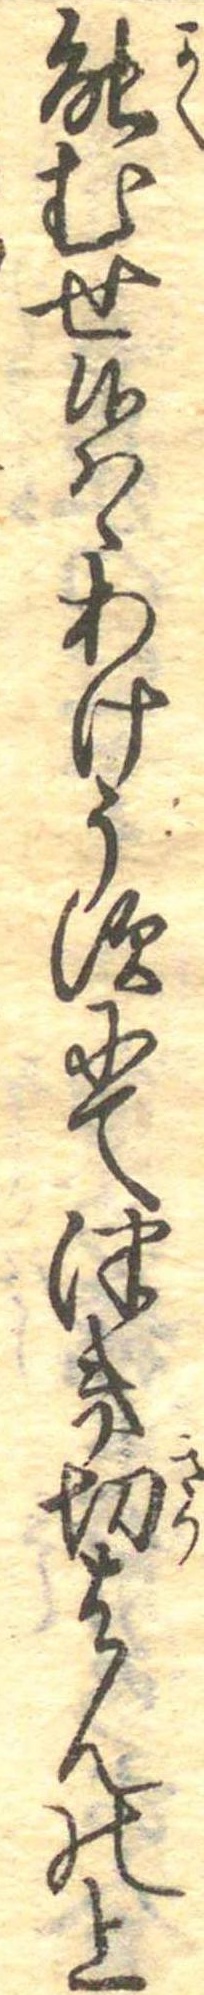
能むせ候はゝあけうすにてつき切はんの上